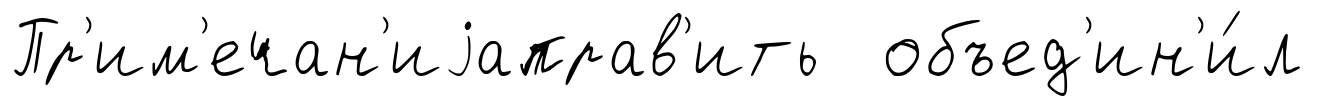
Пр'им'ечан'иjаправ'ить объед'ин'и́л